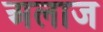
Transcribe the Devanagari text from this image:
अलाज